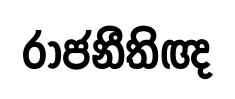
රාජනීතිඥ